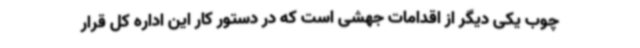
چوب یکی دیگر از اقدامات جهشی است که در دستور کار این اداره کل قرار